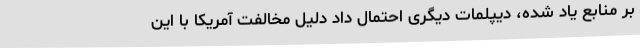
بر منابع یاد شده، دیپلمات دیگری احتمال داد دلیل مخالفت آمریکا با این